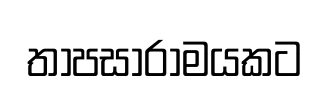
තාපසාරාමයකට